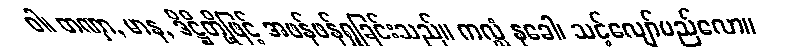
ဝါ၊ တဏှာ, မာန, ဒိဋ္ဌိတို့ဖြင့် အဖန်ဖန်ရှုခြင်းသည်။ ကလ္လံ နုခေါ၊ သင့်လျော်မည်လော။